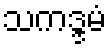
သကဒ္ဒမံ